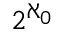
2 ^ { \aleph _ { 0 } }